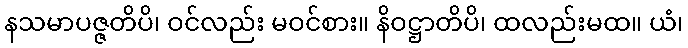
နသမာပဇ္ဇတိပိ၊ ဝင်လည်း မဝင်စား။ နိဝဋ္ဌာတိပိ၊ ထလည်းမထ။ ယံ၊